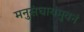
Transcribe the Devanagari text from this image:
मनुसंघायमुवनं